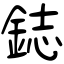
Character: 鋕